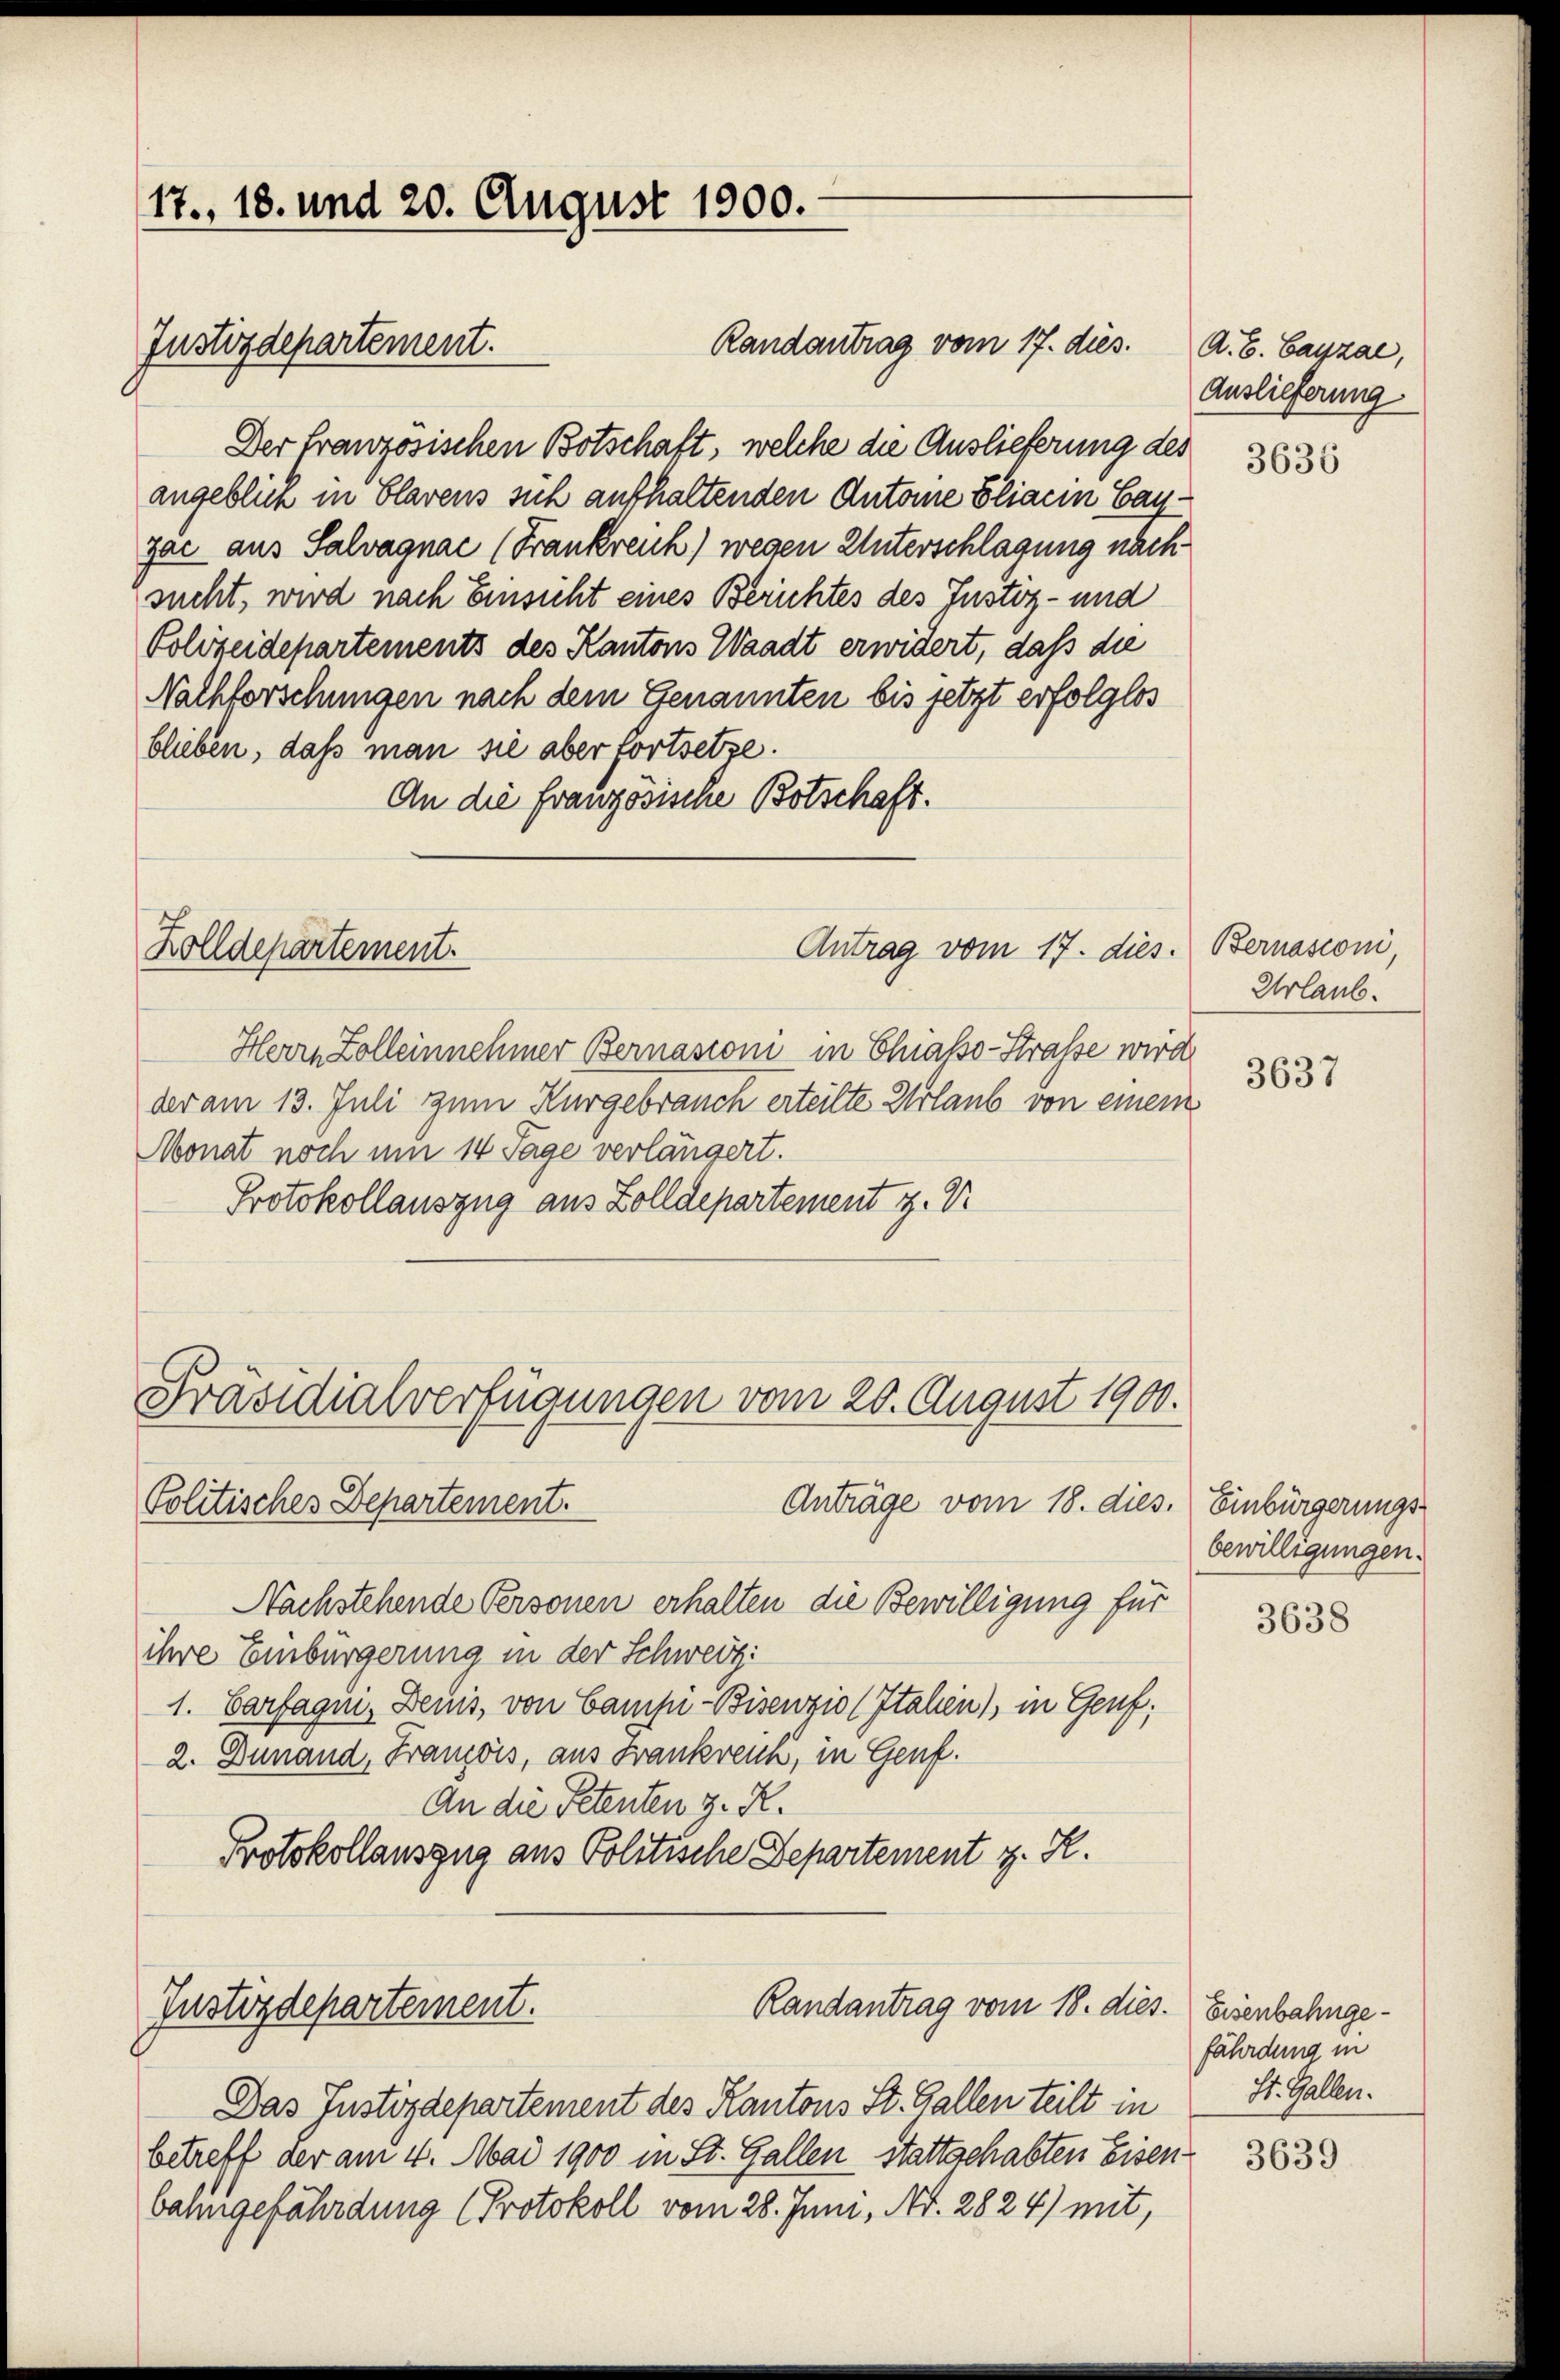
17., 18. und 20. August 1900.
Justizdepartement.

Der französischen Botschaft, welche die Auslieferung des
angeblich in Clarens sich aufhaltenden Antone Bliacin Canzac aus Salvagnac (Frankreich) wegen Unterschlagung nach
sucht, wird nach Einsicht eines Berichtes des Justiz- und
Polizeidepartements des Kantons Waadt erwidert, daß die
Nachforschungen nach dem Genannten bis jetzt erfolglos
blieben, daß man sie aber fortsetze.
An die Französische Botschaft.

Zolldepartement.

Präsidialverfügungen vom 20. August 1900.
Politisches Departement.

Randantrag vom 17. dies. A. E. Cayzal,

Antrag vom 17. dies. Bernasconi

Herrn Zolleinnehmer Bernasconi in Chiasso-Strasse wird
der am 13. Juli zum Kurgebrauch erteilte Urlaub von einem
Monat noch um 14 Tage verlängert.
Protokollauszug aus Zolldepartement z. V.

Anträge vom 18. dies. Einbürgerungs-
Nachstehende Personen erhalten die Bewilligung für
ihre Einbürgerung in der Schweiz:
1. Cartagen. Denis, von Campi-Bisenzio (Italien), in Genf,
2. Dunand, Franzois, aus Frankrein, in Genf.
An die Petenten z. K.
Protokollauszug aus Politische Departement z. R.
Randantrag vom 18. dies. Eisenbahnge¬
Justizdepartement.
Das Justizdepartement des Kantons St. Gallen teilt in St. Gallen.
betreff der am 4. Mai 1900 in St. Gallen Stattgehabten Eisenbahngefährdung (Protokoll vom 28. Juni, Nr. 2824) mit,

Auslieferung

3636

Urlaub.

3637

bewilligungen.

3638

fährdung in

3639